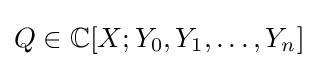
Q\in \mathbb {C} [X;Y_{0},Y_{1},\ldots ,Y_{n}]